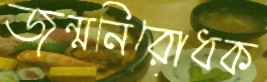
জন্মনিরোধক